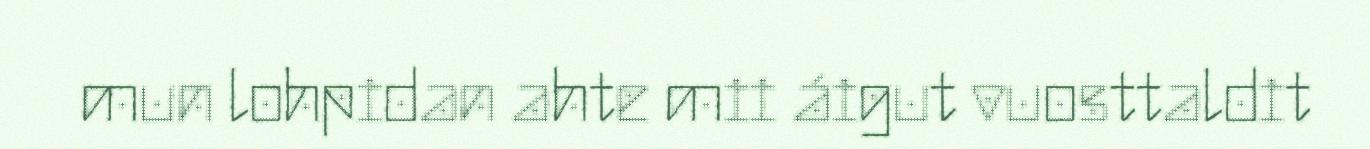
mun lohpidan ahte mii áigut vuosttaldit